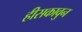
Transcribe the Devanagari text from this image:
हीसकावुन